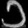
Digit: ၁